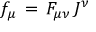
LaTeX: f _ { \mu } \, = \, F _ { \mu \nu } \, J ^ { \nu }